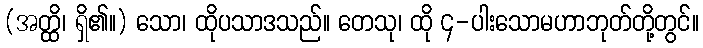
(အတ္ထိ၊ ရှိ၏။) သော၊ ထိုပသာဒသည်။ တေသု၊ ထို ၄-ပါးသောမဟာဘုတ်တို့တွင်။